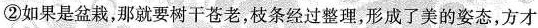
②如果是盆栽，那就要树干苍老，枝条经过整理，形成了美的姿态，方才